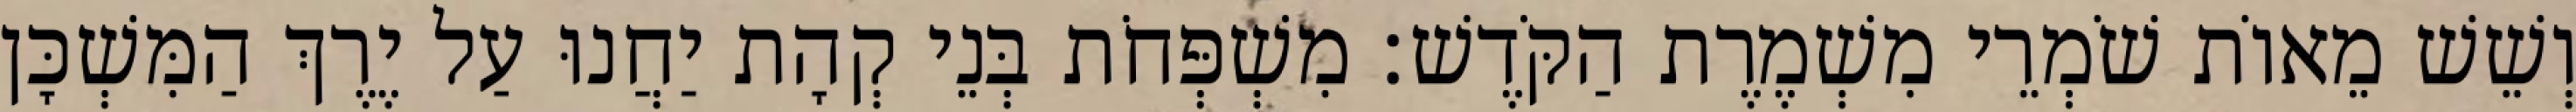
וְשֵׁשׁ מֵאוֹת שֹׁמְרֵי מִשְׁמֶרֶת הַקֹּדֶשׁ׃ מִשְׁפְּחֹת בְּנֵי קְהָת יַחֲנוּ עַל יֶרֶךְ הַמִּשְׁכָּן